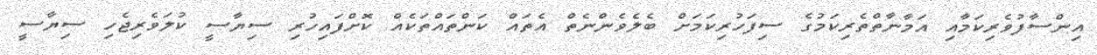
އިންސާފުވެރިކަމާއި އަމާނާތްތެރިކަމުގެ ސިފަހުރިކަމަށް ބެލެވެންނެތް އެތައް ކަންތައްތަކެއް ކޮށްފައިހުރި ސިޔާސީ ކުލަވެރިޖެހި ސިޔާސީ